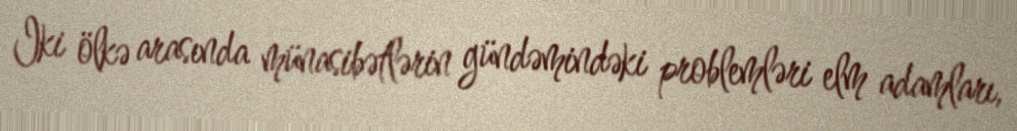
Iki ölkə arasında münasibətlərin gündəmindəki problemləri elm adamları,